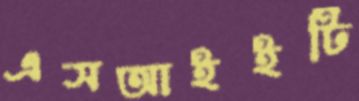
এসআইইটি